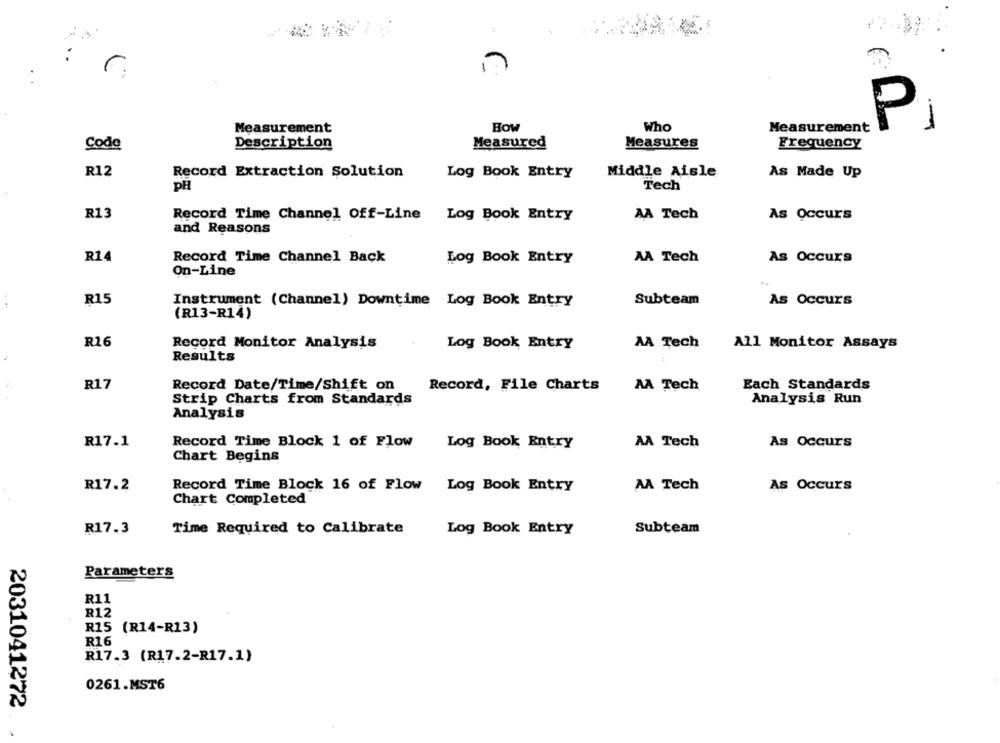
1.
.
P
How
-
Measurement
Who
Measurement
Code
Description
Measured
Measures
Frequency
R12
Record Extraction Solution
Log Book Entry
Middle Aisle
As Made Up
pH
Tech
R13
Record Time Channel Off-Line Log Book Entry
AA Tech
As Occurs
and Reasons
R14
Record Time Channel Back
Log Book Entry
AA Tech
As Occurs
On-Line
R15
Instrument (Channel) Downtime Log Book Entry
Subteam
As Occurs
(R13-R14)
R16
Record Monitor Analysis
Log Book Entry
AA Tech
All Monitor Assays
Results
R17
Record Date/Time/Shift on
Record, File Charts
Each Standards
AA Tech
Strip Charts from Standards
Analysis Run
Analysis
R17.1
Record Time Block 1 of Flow
Log Book Entry
AA Tech
As Occurs
Chart Begins
R17.2
Record Time Block 16 of Flow Log Book Entry
AA Tech
As Occurs
Chart Completed
R17.3
Time Required to Calibrate
Log Book Entry
Subteam
Parameters
R11
R12
R15 (R14-R13)
R16
R17.3 (R17.2-R17.1)
0261.MST6
2031041272